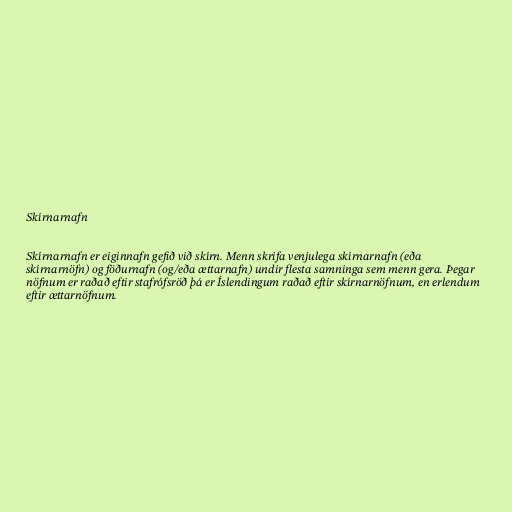
Skírnarnafn

Skírnarnafn er eiginnafn gefið við skírn. Menn skrifa venjulega skírnarnafn (eða
skírnarnöfn) og föðurnafn (og/eða ættarnafn) undir flesta samninga sem menn gera. Þegar
nöfnum er raðað eftir stafrófsröð þá er Íslendingum raðað eftir skírnarnöfnum, en erlendum
eftir ættarnöfnum.